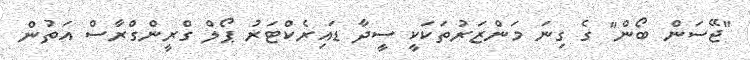
"ޖޭސަން ބޯން" ގެ ގިނަ މަންޒަރުތަކަކީ ސީދާ ޑައިރެކްޓަރު ޕޯލް ގްރީންގްރާސް އަތުން